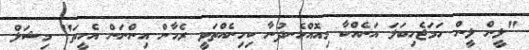
"ލީން ލީން ހަމަޖެހިބަލަ އަނެއްކާ މިއޮއްހެނދުނާ ކިހިނެއްތަވީ ރެހާން އިންނަން އެހީތަ" މިޝަލް